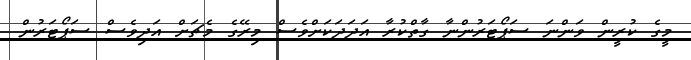
މީގެ ކުރީން ވަންނަ ސަޕޯޓަރުންނާ ގާތްކުރާ އަދަދަކަށްވެސް މިރޭގެ މެޗަށް އަދިވެސް ސަޕޯޓަރުން